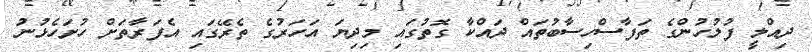
ދިއްލީ ފުލުހުންގެ ތަފާސްހިސާބުތައް ދައްކާ ގޮތުގައި މިދިޔަ އަހަރުގެ ތެރޭގައި އެފަރާތަށް ހުށަހެޅުނު